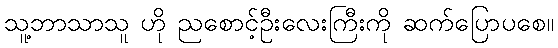
သူ့ဘာသာသူ ဟို ညစောင့်ဦးလေးကြီးကို ဆက်ပြောပစေ။